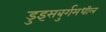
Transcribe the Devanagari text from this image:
डुइसबुर्गमधील